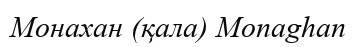
Монахан (қала) Monaghan